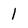
Character: 1